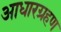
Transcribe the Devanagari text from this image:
आधारग्रहण